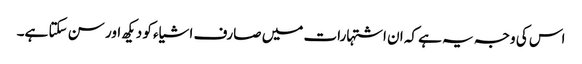
اس کی وجہ یہ ہے کہ ان اشتہارات میں صارف اشیاء کو دیکھ اور سن سکتا ہے۔